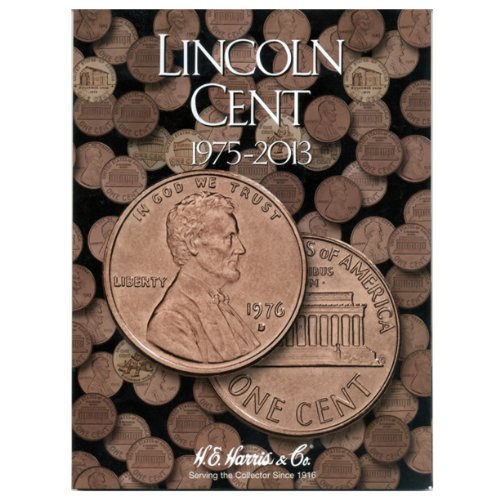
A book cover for Lincoln Cents Folder 1975-2013; H.E Harris; Crafts, Hobbies & Home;